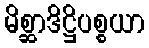
မိစ္ဆာဒိဋ္ဌိပစ္စယာ